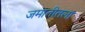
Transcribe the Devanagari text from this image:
जमातीतला